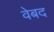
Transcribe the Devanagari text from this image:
वेबद